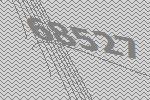
68527